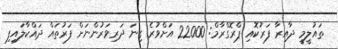
ތައުލީމީ ދާއިރާ ފަރުކޮއި ޕްރޮގްރާމް: 22000 އަށްވުރެ ގިނަ ދަރިވަރުންނަށް ފަރުތައް ދައްކާލައިފި